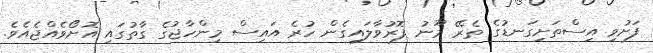
ފަށުވި އިސްތަށިގަނޑުގެ ތެރޭ މޫނު ފޮރުވާލައިގެން ހުރެ އައިސް މިންހާޖުގެ ގާތުގައި އޮށޯވެއްޖެއެވެ.